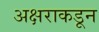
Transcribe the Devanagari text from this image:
अक्षराकडून